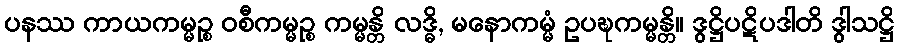
ပနဿ ကာယကမ္မဉ္စ ဝစီကမ္မဉ္စ ကမ္မန္တိ လဒ္ဓိ, မနောကမ္မံ ဥပဍ္ဎကမ္မန္တိ။ ဒွဋ္ဌိပဋိပဒါတိ ဒွါသဋ္ဌိ